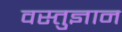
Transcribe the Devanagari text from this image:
वस्तुज्ञान